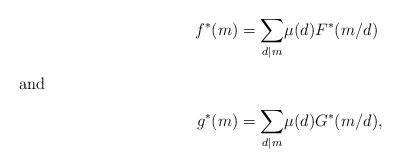
LaTeX: \begin{align*}f^*(m)&=\underset{d\mid m}{\sum}\mu(d)F^*(m/d)\\ \intertext{and} g^*(m)&=\underset{d\mid m}{\sum}\mu(d)G^*(m/d),\end{align*}